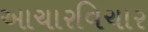
આચારવિચાર